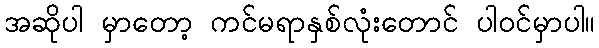
အဆိုပါ မှာတော့ ကင်မရာနှစ်လုံးတောင် ပါဝင်မှာပါ။